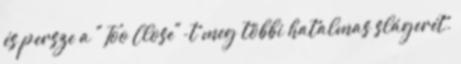
és persze a "Too Close"-t meg többi hatalmas slágerét.